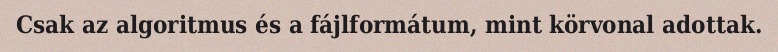
Csak az algoritmus és a fájlformátum, mint körvonal adottak.